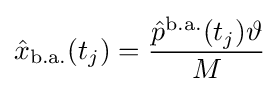
{\hat {x}}_{\mathrm {b.a.} }(t_{j})={\frac {{\hat {p}}^{\mathrm {b.a.} }(t_{j})\vartheta }{M}}